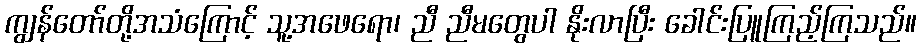
ကျွန်တော်တို့အသံကြောင့် သူ့အဖေရော၊ ညီ ညီမတွေပါ နိုးလာပြီး ခေါင်းပြူကြည့်ကြသည်။